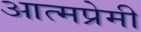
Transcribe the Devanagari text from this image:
आत्मप्रेमी